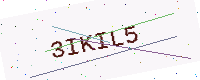
Text: 3IKIL5